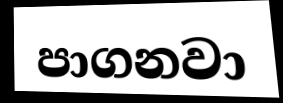
පාගනවා